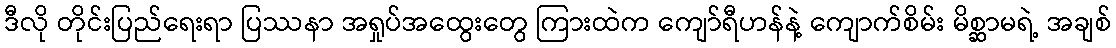
ဒီလို တိုင်းပြည်ရေးရာ ပြဿနာ အရှုပ်အထွေးတွေ ကြားထဲက ကျော်ရီဟန်နဲ့ ကျောက်စိမ်း မိစ္ဆာမရဲ့ အချစ်